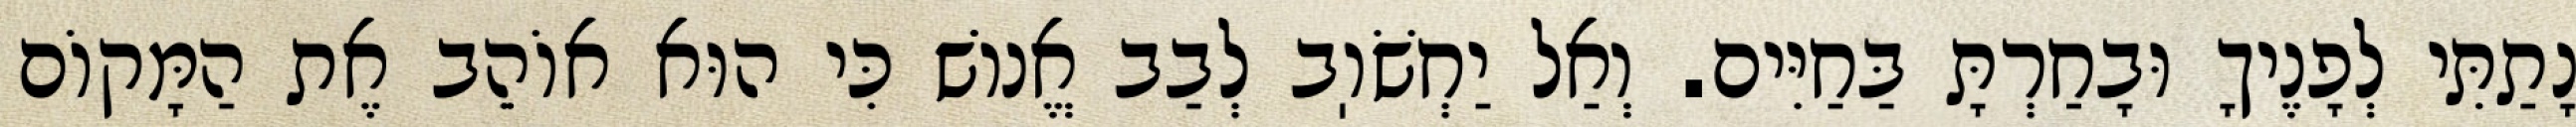
נָתַתִּי לְפָנֶיךָ וּבָחַרְתָּ בַּחַיִּים. וְאַל יַחְשֹׁוֽב לְבַב אֱנוֹשׁ כִּי הוּא אוֹהֵב אֶת הַמָּקוֹם